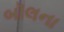
બૉલના